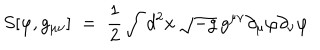
S [ \varphi , g _ { \mu \nu } ] \; = \; \frac { 1 } { 2 } \int d ^ { 2 } x \, \sqrt { - g } \, g ^ { \mu \nu } \partial _ { \mu } \varphi \partial _ { \nu } \varphi